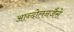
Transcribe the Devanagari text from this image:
आन्दोलनजैसे